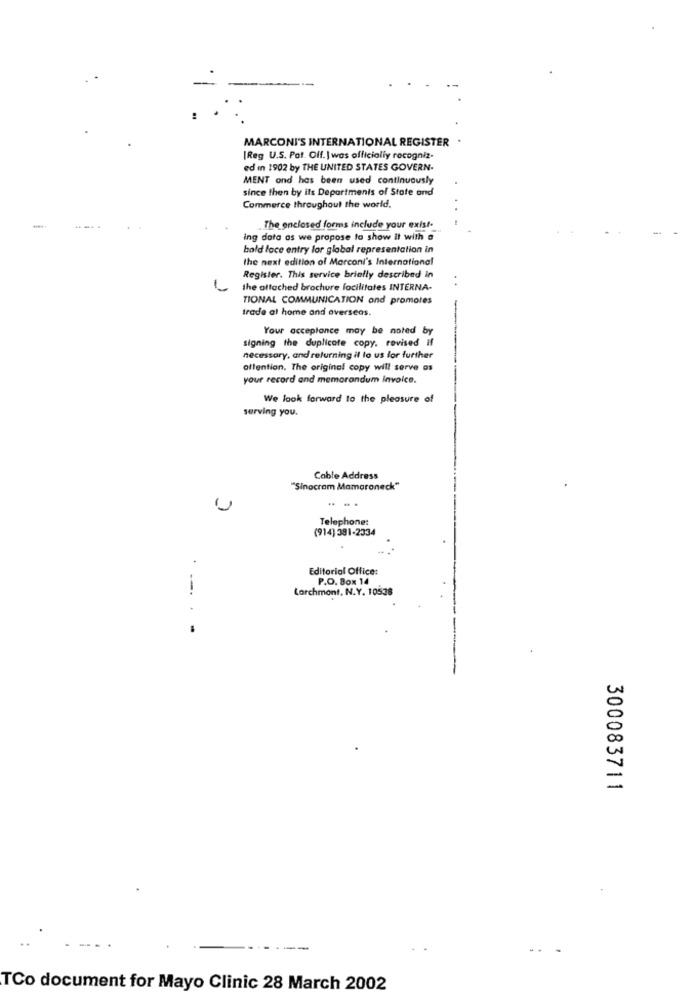
MARCONI'S INTERNATIONAL REGISTER
[Reg U.S. Pot. Off. | was officially recogniz.
ed in 1902 by THE UNITED STATES GOVERN.
MENT and has been used continuously
since then by ils Departments of State and
Commerce throughout the world.
The enclosed forms include your exist-
ing data as we propose to show it with a
bold face entry lor global representation in
the next edition of Marconi's International
Register. This service briefly described in
the attached brochure facilitates INTERNA-
TIONAL COMMUNICATION ond promotes
trade at home and overseas.
Your acceptance may be noted by
signing the duplicate copy. revised if
necessary, and returning il lo us for further
attention. The original copy will serve as
your record and memorandum Invoice.
We look forward to the pleasure of
serving you.
Cable Address
"Sinocram Mamaroneck"
Telephone:
(914) 381-2334
.
Editorial Office:
P.O. Box 14
i
Larchmont, N.Y. 10538
-. -
300083711
--
TCo document for Mayo Clinic 28 March 2002